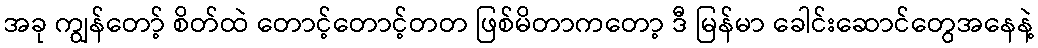
အခု ကျွန်တော့် စိတ်ထဲ တောင့်တောင့်တတ ဖြစ်မိတာကတော့ ဒီ မြန်မာ ခေါင်းဆောင်တွေအနေနဲ့